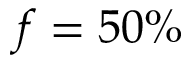
f = 5 0 \%